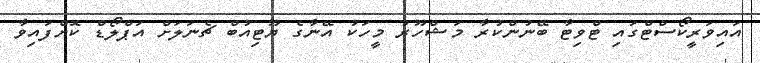
އައިވަރީކޯސްޓްގައި ޓްވިޓާ ބޭނުންކުރާ މަޝްހޫރު މީހަކު އޭނާގެ ޔޫޓިއުބް ޗެނަލަށް އަޕްލޯޑް ކޮށްފައިވާ